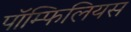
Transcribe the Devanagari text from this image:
पॉम्फिलियस